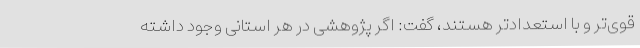
قوی‌تر و با استعدادتر هستند، گفت: اگر پژوهشی در هر استانی وجود داشته